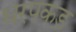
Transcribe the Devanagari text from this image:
धरपकड़